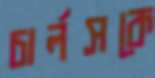
চার্লসকে